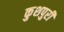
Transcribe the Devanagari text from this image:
कुशपुरी